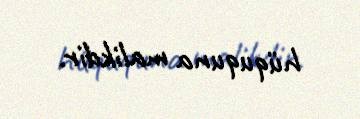
hüququna malikdir.